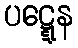
ပဋ္ဋေန